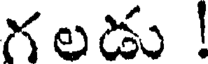
గలడు !